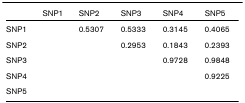
<table><thead><tr><td></td><td><b>SNP1</b></td><td><b>SNP2</b></td><td><b>SNP3</b></td><td><b>SNP4</b></td><td><b>SNP5</b></td></tr></thead><tbody><tr><td>SNP1</td><td></td><td>0.5307</td><td>0.5333</td><td>0.3145</td><td>0.4065</td></tr><tr><td>SNP2</td><td></td><td></td><td>0.2953</td><td>0.1843</td><td>0.2393</td></tr><tr><td>SNP3</td><td></td><td></td><td></td><td>0.9728</td><td>0.9848</td></tr><tr><td>SNP4</td><td></td><td></td><td></td><td></td><td>0.9225</td></tr><tr><td>SNP5</td><td></td><td></td><td></td><td></td><td></td></tr></tbody></table>